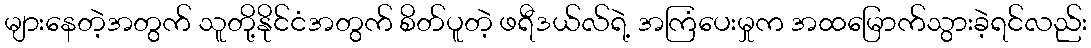
များနေတဲ့အတွက် သူတို့နိုင်ငံအတွက် စိတ်ပူတဲ့ ဖရီဒယ်လ်ရဲ့ အကြံပေးမှုက အထမြောက်သွားခဲ့ရင်လည်း